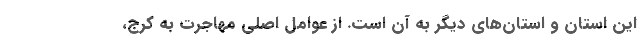
این استان و استان‌های دیگر به آن است. از عوامل اصلی مهاجرت به کرج،